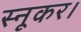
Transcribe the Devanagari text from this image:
स्नूकर।